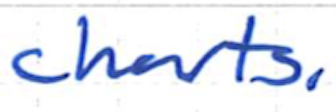
Text: charts.
Cross-out: clean
Writing tool: ballpoint